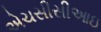
એચસીસીઆઇ